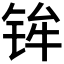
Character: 𫓴